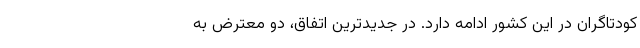
کودتاگران در این کشور ادامه دارد. در جدیدترین اتفاق، دو معترض به